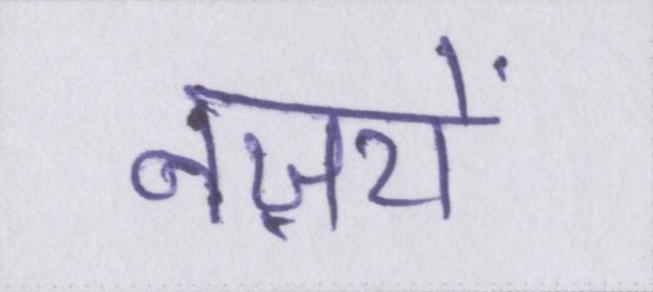
नज़रों